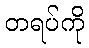
တရပ်ကို